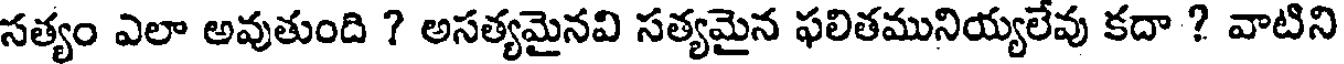
సత్యం ఎలా అవుతుంది ? అసత్యమైనవి సత్యమైన ఫలితమునియ్యలేవు కదా ? వాటిని